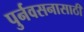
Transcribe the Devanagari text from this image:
पुर्नवसनासाठी